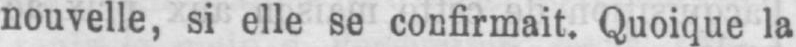
nouvelle, si elle se confirmait. Quoique la